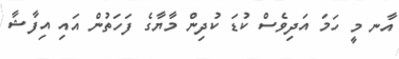
އާނ މީ ހަމަ އަދިވެސް ކުޑަ ކުދިން މާޔާގެ ފަހަތުން އައި އިފާޝާ